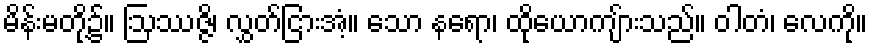
မိန်းမတို့၌။ ဩဿဇ္ဇိ၊ လွှတ်ငြားအံ့။ သော နရော၊ ထိုယောကျ်ားသည်။ ဝါတံ၊ လေကို။